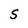
Character: S